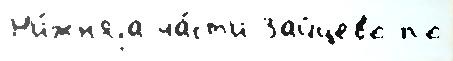
Н'и́жн'яjа ча́ст'и Зайцево по